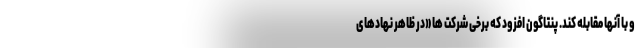
و با آنها مقابله کند. پنتاگون افزود که برخی شرکت ها «در ظاهر نهادهای